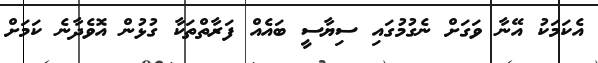
އެކަމަކު އޭނާ ވަގަށް ނެގުމުގައި ސިޔާސީ ބައެއް ފަރާތްތަކާ ގުޅުން އޮވެދާނެ ކަމަށް